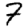
Digit: 7